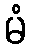
မံ